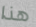
هذا